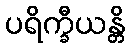
ပရိက္ခီယန္တိ